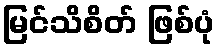
မြင်သိစိတ် ဖြစ်ပုံ